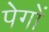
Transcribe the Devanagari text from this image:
पेगों